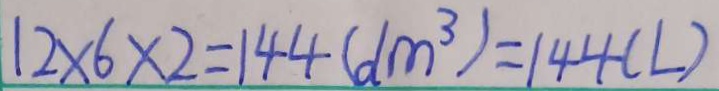
1 2 \times 6 \times 2 = 1 4 4 ( d m ^ { 3 } ) = 1 4 4 ( L )